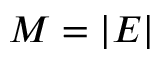
M = | E |